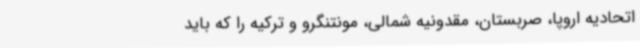
اتحادیه اروپا، صربستان، مقدونیه شمالی، مونتنگرو و ترکیه را که باید